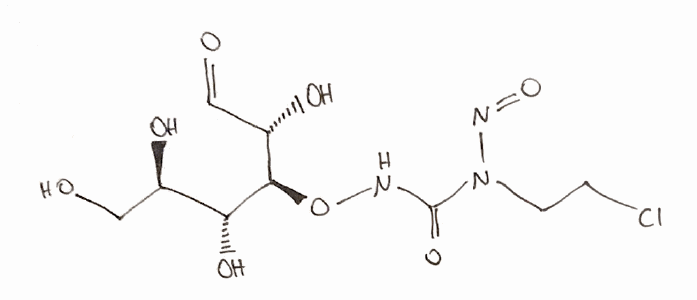
Simplified molecular-input line-entry system (SMILES) notation of the given molecule:
C(CCl)N(C(=O)NO[C@H]([C@H](C=O)O)[C@@H]([C@@H](CO)O)O)N=O